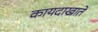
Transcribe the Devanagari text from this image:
कायदाखाते